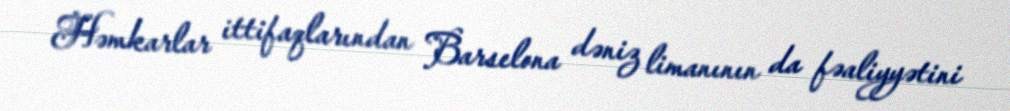
Həmkarlar ittifaqlarından Barselona dəniz limanının da fəaliyyətini